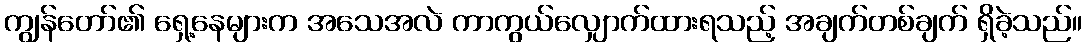
ကျွန်တော်၏ ရှေ့နေများက အသေအလဲ ကာကွယ်လျှောက်ထားရသည့် အချက်တစ်ချက် ရှိခဲ့သည်။